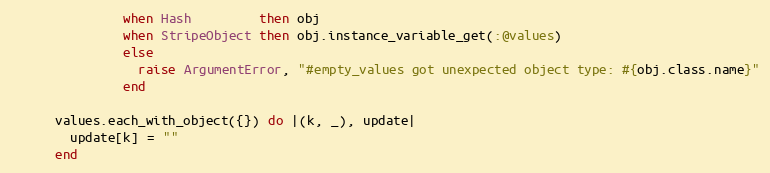
Language: Ruby
               when Hash         then obj
               when StripeObject then obj.instance_variable_get(:@values)
               else
                 raise ArgumentError, "#empty_values got unexpected object type: #{obj.class.name}"
               end

      values.each_with_object({}) do |(k, _), update|
        update[k] = ""
      end